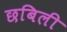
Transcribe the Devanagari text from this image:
छबिली